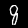
Digit: 8